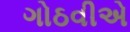
ગોઠવીએ